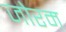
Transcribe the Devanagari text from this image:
जोरम